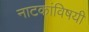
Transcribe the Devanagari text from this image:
नाटकांविषयी